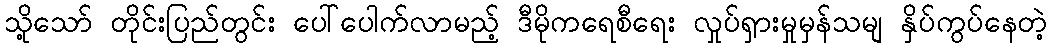
သို့သော် တိုင်းပြည်တွင်း ပေါ်ပေါက်လာမည့် ဒီမိုကရေစီရေး လှုပ်ရှားမှုမှန်သမျ နှိပ်ကွပ်နေတဲ့